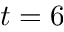
t = 6